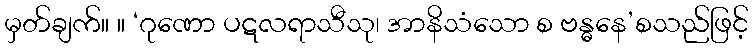
မှတ်ချက်။ ။ ‘ဂုဏော ပဋလရာသီသု၊ အာနိသံသော စ ဗန္ဓနေ’စသည်ဖြင့်